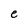
Character: e